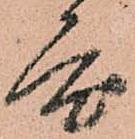
度